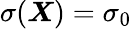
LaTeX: \sigma(\boldsymbol X)=\sigma_{0}